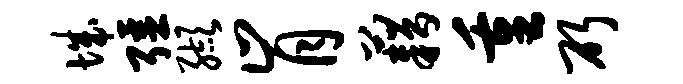
城强缬肯藉重斫